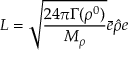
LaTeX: L = \sqrt { \frac { 2 4 \pi \Gamma ( \rho ^ { 0 } ) } { M _ { \rho } } } \bar { e } \hat { \rho } e